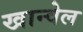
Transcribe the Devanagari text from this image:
खान्वेल